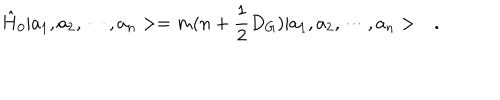
\hat { H } _ { 0 } | a _ { 1 } , a _ { 2 } , \cdots , a _ { n } > = m ( n + \frac { 1 } { 2 } D _ { G } ) | a _ { 1 } , a _ { 2 } , \cdots , a _ { n } > \ \ \ .